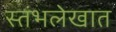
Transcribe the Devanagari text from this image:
स्तंभलेखात